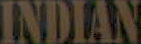
INDIAN